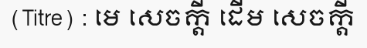
(Titre) : មេ សេចក្តី ដើម សេចក្តី